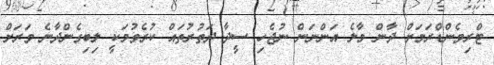
ޓްރިވެންޑްރަމަށް ދާން މާލެ އަންނަން ނުޖެހި ސީދާ ދަތުރުތައް ކުރެވުމަކީ ލިބިގެންދާނެ ވަރަށް